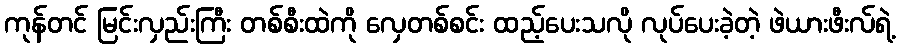
ကုန်တင် မြင်းလှည်းကြီး တစ်စီးထဲကို လှေတစ်စင်း ထည့်ပေးသလို လုပ်ပေးခဲ့တဲ့ ဖဲယားဖီးလ်ရဲ့